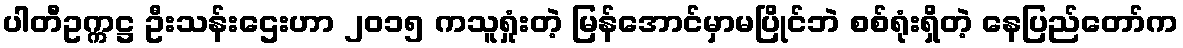
ပါတီဥက္ကဋ္ဌ ဦးသန်းဌေးဟာ ၂၀၁၅ ကသူရှုံးတဲ့ မြန်အောင်မှာမပြိုင်ဘဲ စစ်ရုံးရှိတဲ့ နေပြည်တော်က